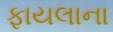
ફાયલાના